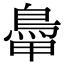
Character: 𩿼